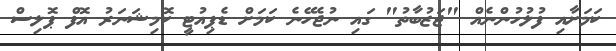
ކަމަށާއި ފުލުހުންނެއް "ޖަޒުބާތު" ގައި ނުޖެހޭނެ ކަމަށް ޑެޕިއުޓީ ކޮމިޝަނަރު އޮފް ޕޮލިސް